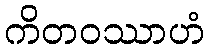
ကိတဝဿာဟံ